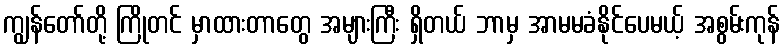
ကျွန်တော်တို့ ကြိုတင် မှာထားတာတွေ အများကြီး ရှိတယ် ဘာမှ အာမမခံနိုင်ပေမယ့် အစွမ်းကုန်